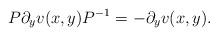
LaTeX: \begin{align*}P \partial_y v(x,y) P^{-1}=-\partial_y v(x,y).\end{align*}